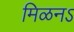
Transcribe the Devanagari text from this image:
मिळनऽ